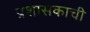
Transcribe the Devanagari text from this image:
प्रशासकाची